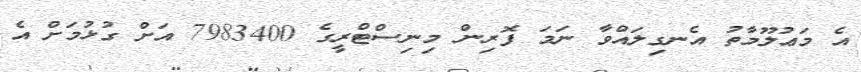
އެ މަޢުލޫމާތު އެނގިލައްވާ ނަމަ ފޮރިން މިނިސްޓްރީގެ 7983400 އަށް ގުޅުމަށް އެ